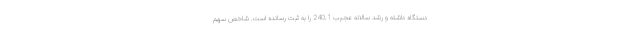
دستگاه داشته و رشد سالانه عجیب 240.1 را به ثبت رسانده است. شاخص سهم